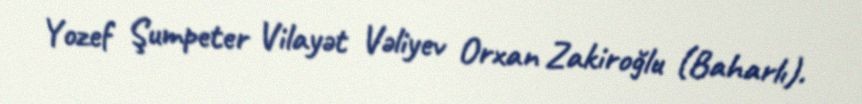
Yozef Şumpeter Vilayət Vəliyev Orxan Zakiroğlu (Baharlı).